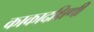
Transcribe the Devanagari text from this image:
काकादक्षिणी